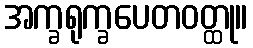
အက္ခရုက္ခပေတဝတ္ထု။